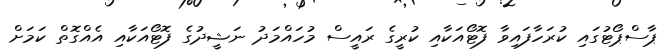
ޕާސްޕޯޓުގައި ކުރަހާފައިވާ ފޮޓޯއަކާއި ކުރީގެ ރައީސް މުހައްމަދު ނަޝީދުގެ ފޮޓޯއަކާއި އެއްގޮތް ކަމަށް